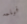
فيلمه